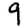
Digit: 9